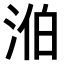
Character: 𣵁